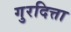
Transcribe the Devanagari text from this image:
गुरदित्ता